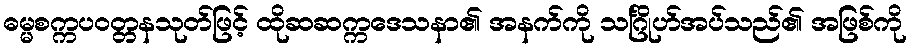
ဓမ္မစက္ကပဝတ္တနသုတ်ဖြင့် ထိုဆဆက္ကဒေသနာ၏ အနက်ကို သင်္ဂြိုဟ်အပ်သည်၏ အဖြစ်ကို